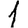
Digit: 1